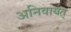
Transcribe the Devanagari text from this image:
अनिवार्यत्